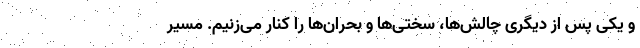
و یکی پس از دیگری چالش‌ها، سختی‌ها و بحران‌ها را کنار می‌زنیم. مسیر